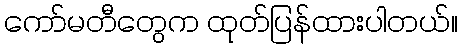
ကော်မတီတွေက ထုတ်ပြန်ထားပါတယ်။